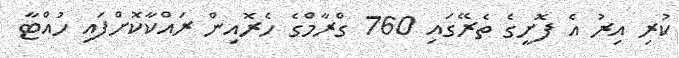
ކުރި އިރު އެ ފޮށީގެ ތެރޭގައި 760 ގްރާމްގެ ހެރޮއިން ރައްކާކޮށްފައި ހުއްޓާ